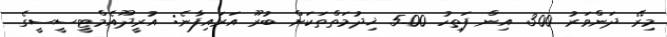
މިރޭ ދަންވަރު 3.00 އިން ފަތިހު 5.00 ޚިދުމަތްތަކަށް ބުރޫ އަރައިފާނެ: އުރީދޫއެމްޓީސީސީގެ